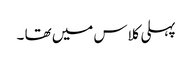
پہلی کلاس میں تھا ۔